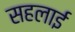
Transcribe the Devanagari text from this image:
सहलाई